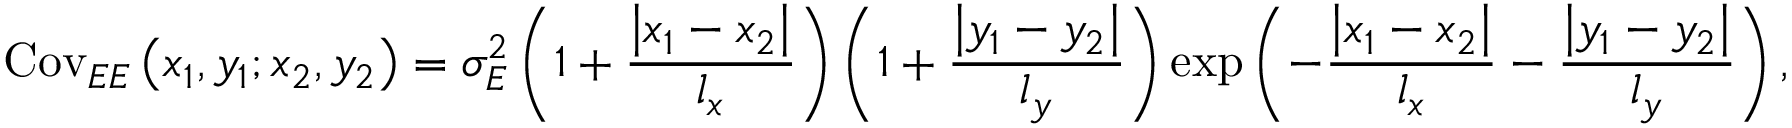
\mathrm { C o v } _ { E E } \left( x _ { 1 } , y _ { 1 } ; x _ { 2 } , y _ { 2 } \right) = \sigma _ { E } ^ { 2 } \left( { 1 + \frac { { \left| x _ { 1 } - x _ { 2 } \right| } } { l _ { x } } } \right) \left( { 1 + \frac { { \left| y _ { 1 } - y _ { 2 } \right| } } { l _ { y } } } \right) \exp \left( { - \frac { { \left| x _ { 1 } - x _ { 2 } \right| } } { l _ { x } } - \frac { { \left| y _ { 1 } - y _ { 2 } \right| } } { l _ { y } } } \right) ,